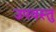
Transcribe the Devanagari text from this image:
उपवस्तु